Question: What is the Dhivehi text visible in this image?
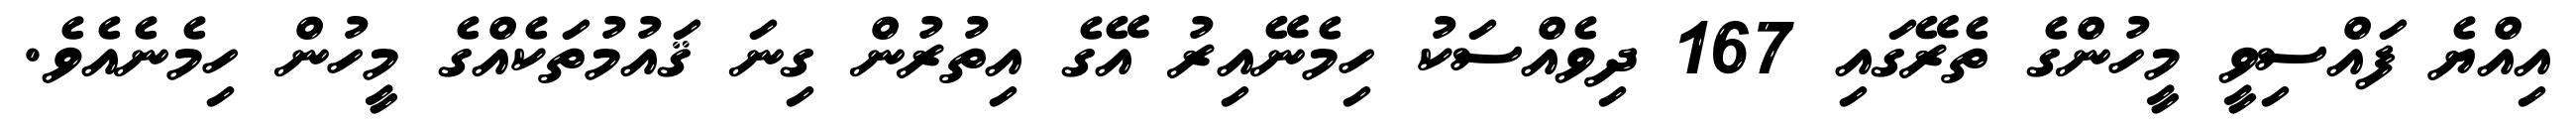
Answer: އިއްޔެ ފައްސިވީ މީހުންގެ ތެރޭގައި 167 ދިވެއްސަކު ހިމެނޭއިރު އޭގެ އިތުރުން ގިނަ ޤައުމުތަކެއްގެ މީހުން ހިމެނެއެވެ.